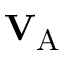
\mathbf { V } _ { \mathrm { A } }